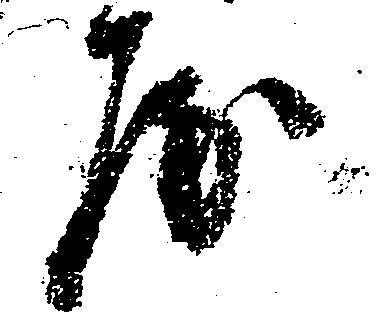
房